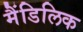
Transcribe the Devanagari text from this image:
मैंडिलिक